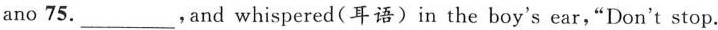
ano 75.___，and whispered(耳语)in the boy's ear，“Don't stop.